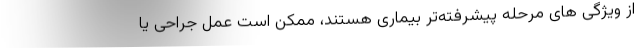
از ویژگی های مرحله پیشرفته‌تر بیماری هستند، ممکن است عمل جراحی یا